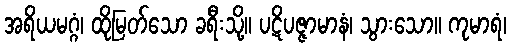
အရိယမဂ္ဂံ၊ ထိုမြတ်သော ခရီးသို့။ ပဋိပဇ္ဇာမာနံ၊ သွားသော။ ကုမာရံ၊